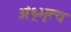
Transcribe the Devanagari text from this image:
अंध्र्भृत्य